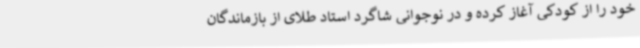
خود را از کودکی آغاز کرده و در نوجوانی شاگرد استاد طلای از بازماندگان